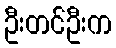
ဦးတင်ဦးက